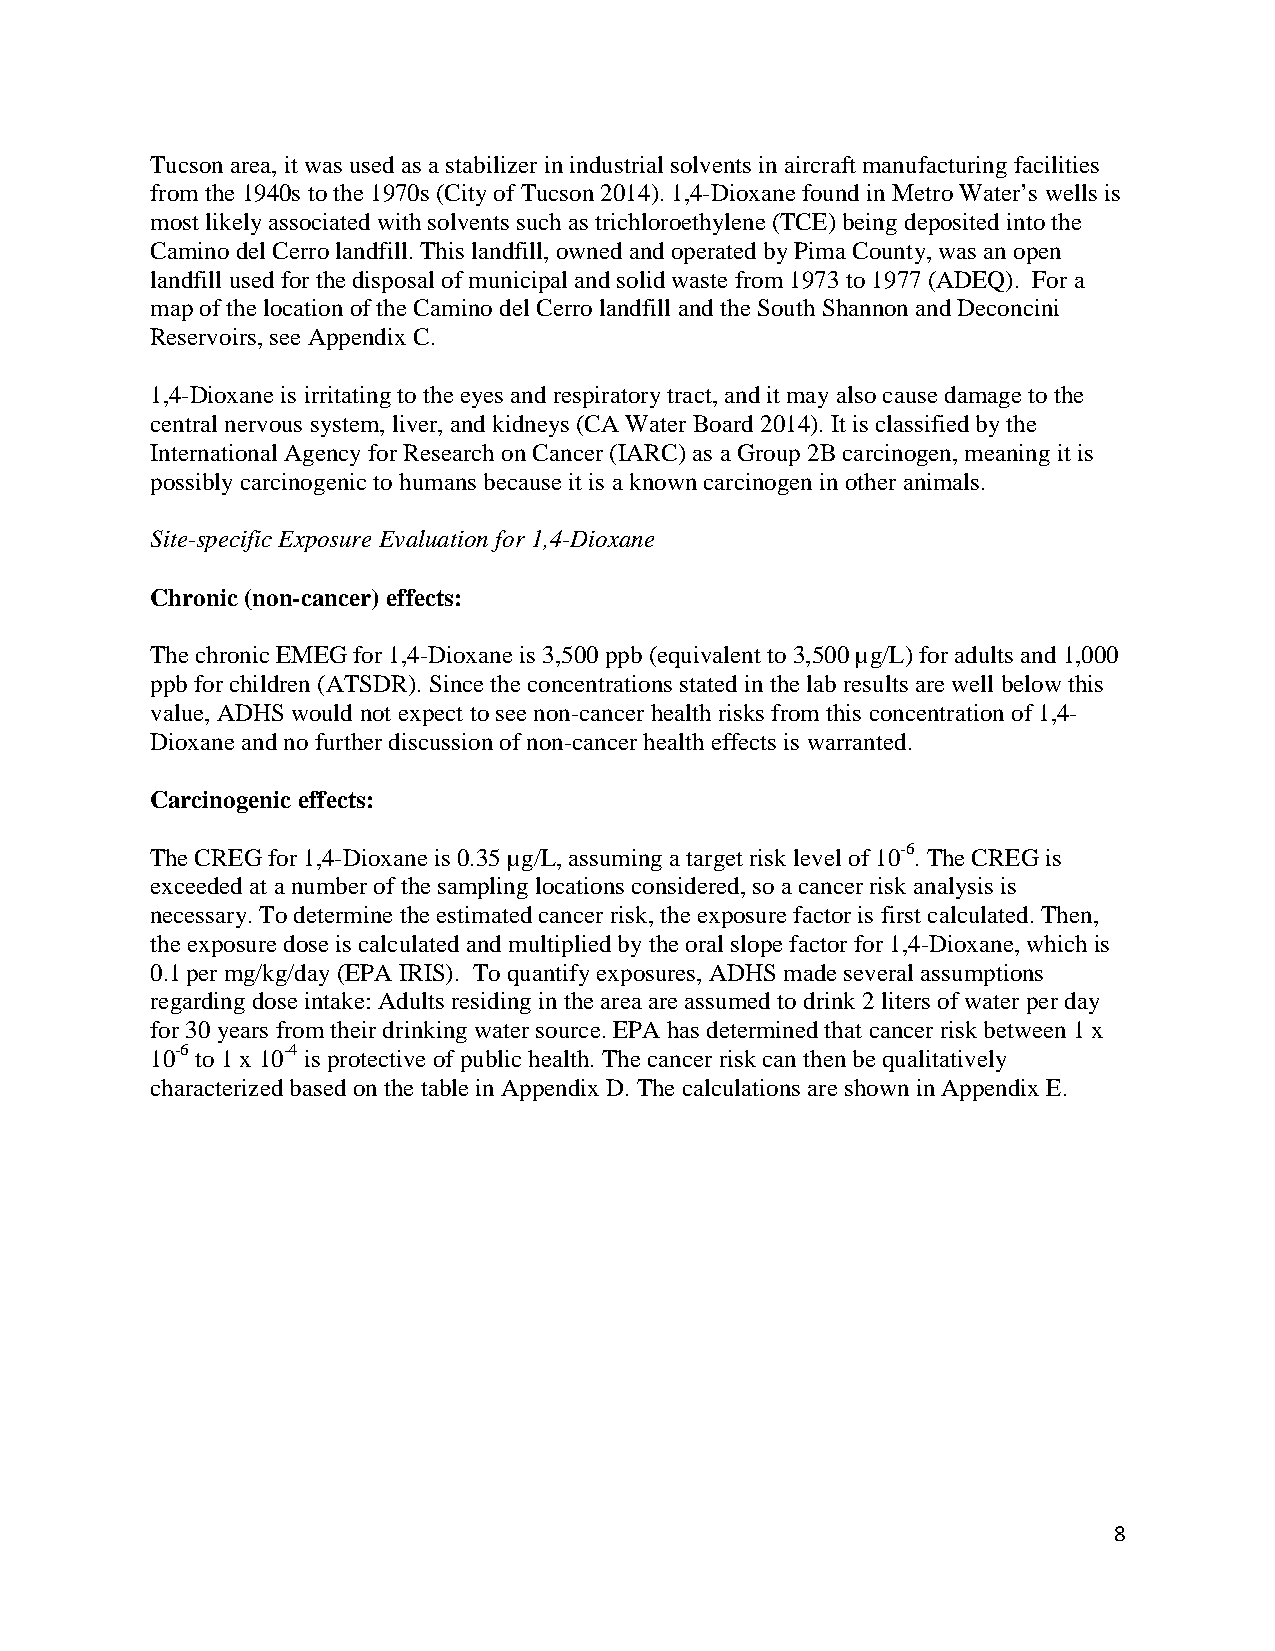
Tucson area, it was used as a stabilizer in industrial solvents in aircraft manufacturing facilities
 from the 1940s to the 1970s (City of Tucson 2014). 1,4-Dioxane found in Metro Water’s wells is
 most likely associated with solvents such as trichloroethylene (TCE) being deposited into the
 Camino del Cerro landfill. This landfill, owned and operated by Pima County, was an open
 landfill used for the disposal of municipal and solid waste from 1973 to 1977 (ADEQ). For a
 map of the location of the Camino del Cerro landfill and the South Shannon and Deconcini
 Reservoirs, see Appendix C.
 1,4-Dioxane is irritating to the eyes and respiratory tract, and it may also cause damage to the
 central nervous system, liver, and kidneys (CA Water Board 2014). It is classified by the
 International Agency for Research on Cancer (IARC) as a Group 2B carcinogen, meaning it is
 possibly carcinogenic to humans because it is a known carcinogen in other animals.
 Site-specific Exposure Evaluation for 1,4-Dioxane
 Chronic (non-cancer) effects:
 The chronic EMEG for 1,4-Dioxane is 3,500 ppb (equivalent to 3,500 µg/L) for adults and 1,000
 ppb for children (ATSDR). Since the concentrations stated in the lab results are well below this
 value, ADHS would not expect to see non-cancer health risks from this concentration of 1,4-
 Dioxane and no further discussion of non-cancer health effects is warranted.
 Carcinogenic effects:
 The CREG for 1,4-Dioxane is 0.35 µg/L, assuming a target risk level of 10-6. The CREG is
 exceeded at a number of the sampling locations considered, so a cancer risk analysis is
 necessary. To determine the estimated cancer risk, the exposure factor is first calculated. Then,
 the exposure dose is calculated and multiplied by the oral slope factor for 1,4-Dioxane, which is
 0.1 per mg/kg/day (EPA IRIS). To quantify exposures, ADHS made several assumptions
 regarding dose intake: Adults residing in the area are assumed to drink 2 liters of water per day
 for 30 years from their drinking water source. EPA has determined that cancer risk between 1 x
 10-6 to 1 x 10-4 is protective of public health. The cancer risk can then be qualitatively
 characterized based on the table in Appendix D. The calculations are shown in Appendix E.
 8